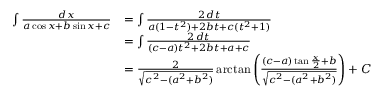
{ \begin{array} { r l } { \int { \frac { d x } { a \cos x + b \sin x + c } } } & { = \int { \frac { 2 \, d t } { a ( 1 - t ^ { 2 } ) + 2 b t + c ( t ^ { 2 } + 1 ) } } } \\ & { = \int { \frac { 2 \, d t } { ( c - a ) t ^ { 2 } + 2 b t + a + c } } } \\ & { = { \frac { 2 } { \sqrt { c ^ { 2 } - ( a ^ { 2 } + b ^ { 2 } ) } } } \arctan \left( { \frac { ( c - a ) \tan { \frac { x } { 2 } } + b } { \sqrt { c ^ { 2 } - ( a ^ { 2 } + b ^ { 2 } ) } } } \right) + C } \end{array} }